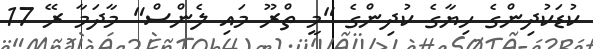
ކުޑަކުދިންގެ ހިޔާގެ ކުދިންގެ "މީ ތްރޫ މައި ލެންސް" މާދަމާ ރޭ 17